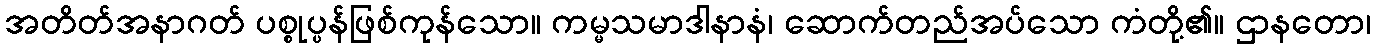
အတိတ်အနာဂတ် ပစ္စုပ္ပန်ဖြစ်ကုန်သော။ ကမ္မသမာဒါနာနံ၊ ဆောက်တည်အပ်သော ကံတို့၏။ ဌာနတော၊